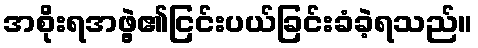
အစိုးရအဖွဲ့၏ငြင်းပယ်ခြင်းခံခဲ့ရသည်။